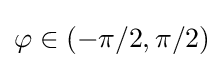
\varphi \in (-\pi /2,\pi /2)